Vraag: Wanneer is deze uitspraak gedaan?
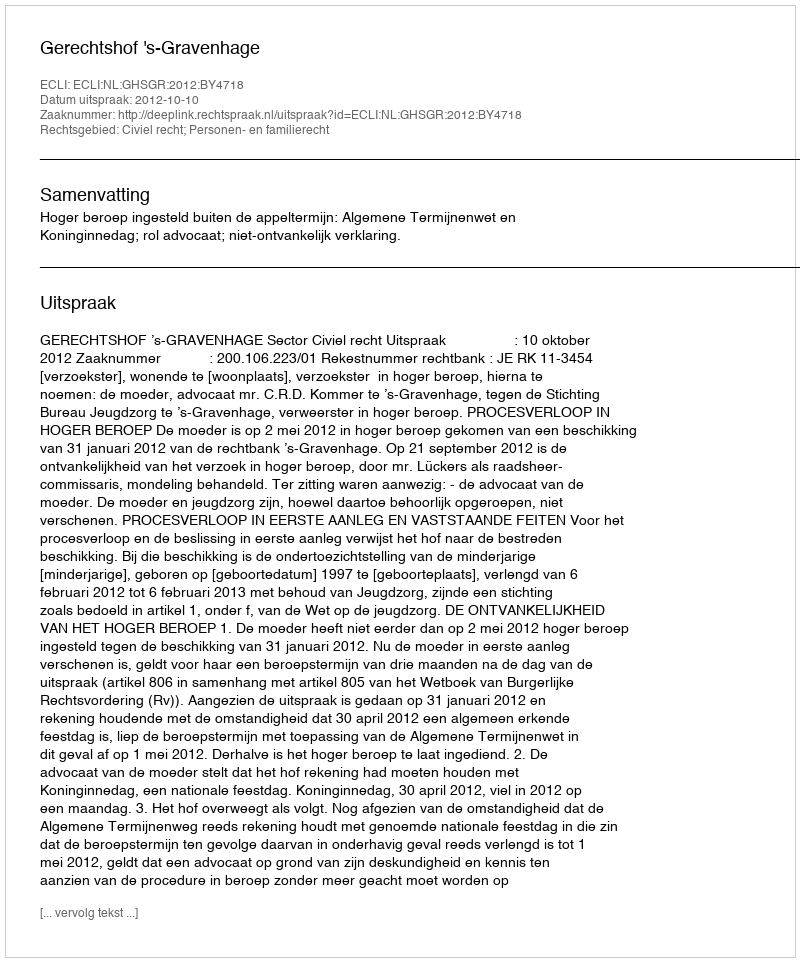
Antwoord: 2012-10-10